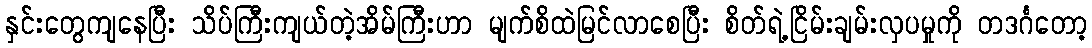
နှင်းတွေကျနေပြီး သိပ်ကြီးကျယ်တဲ့အိမ်ကြီးဟာ မျက်စိထဲမြင်လာစေပြီး စိတ်ရဲ့ငြိမ်းချမ်းလှပမှုကို တဒင်္ဂတော့